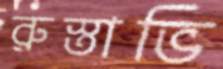
রুস্তাভি